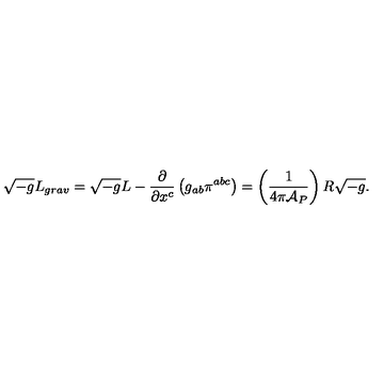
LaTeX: \sqrt { - g } L _ { g r a v } = \sqrt { - g } L - { \frac { \partial } { \partial x ^ { c } } } \left( g _ { a b } \pi ^ { a b c } \right) = \left( { \frac { 1 } { 4 \pi { \cal A } _ { P } } } \right) R \sqrt { - g } .